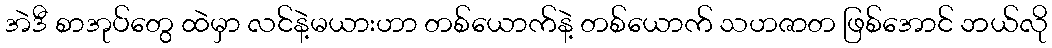
အဲဒီ စာအုပ်တွေ ထဲမှာ လင်နဲ့မယားဟာ တစ်ယောက်နဲ့ တစ်ယောက် သဟဇာတ ဖြစ်အောင် ဘယ်လို